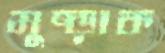
মুষ্‌ড়াক